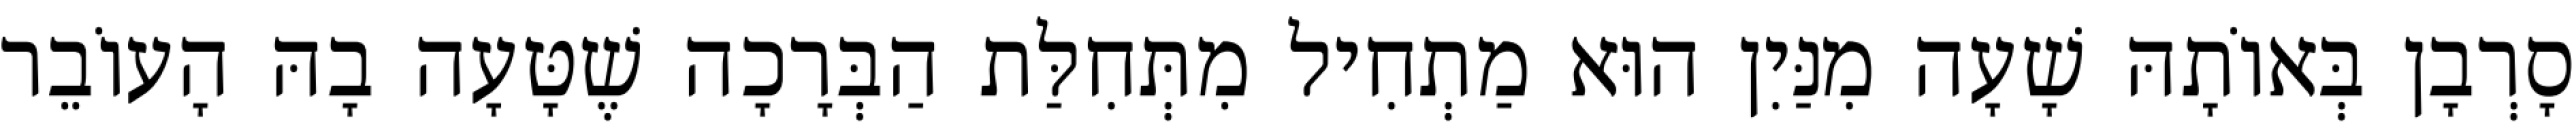
סָרְבָן בְּאוֹתָהּ שָׁעָה מִנַּיִן הוּא מַתְחִיל מִתְּחִלַּת הַבְּרָכָה שֶׁטָּעָה בָהּ הָעוֹבֵר